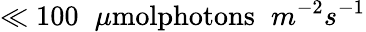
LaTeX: \ll 100\phantom{x}\mu\textrm{molphotons}\phantom{x}m^{-2}s^{-1}